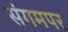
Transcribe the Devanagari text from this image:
संगमपर